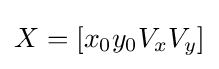
X=[x_{0}y_{0}V_{x}V_{y}]